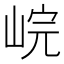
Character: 𡷗